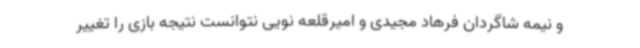
و نیمه شاگردان فرهاد مجیدی و امیرقلعه نویی نتوانست نتیجه بازی را تغییر